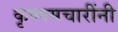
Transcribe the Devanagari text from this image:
कृष्णमचारींनी